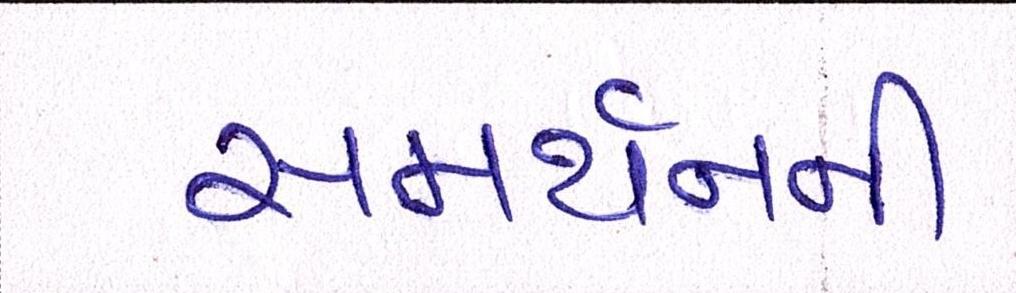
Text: સમર્થનની